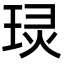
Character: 㻏